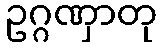
ဥဂ္ဂဏှာတု